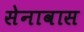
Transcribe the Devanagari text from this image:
सेनावास